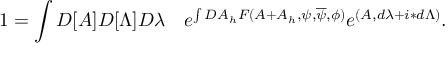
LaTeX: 1 = \int { \cal D } [ A ] { \cal D } [ \Lambda ] { \cal D } \lambda \quad e ^ { \int { \cal D } A _ { h } F ( A + A _ { h } , \psi , \overline { { \psi } } , \phi ) } e ^ { ( A , d \lambda + i \ast d \Lambda ) } .